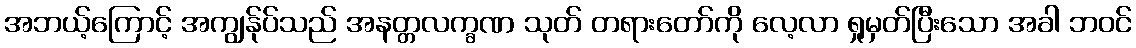
အဘယ့်ကြောင့် အကျွန်ုပ်သည် အနတ္တလက္ခဏ သုတ် တရားတော်ကို လေ့လာ ရှုမှတ်ပြီးသော အခါ ဘဝင်